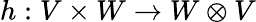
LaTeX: h:V\times W\to W\otimes V